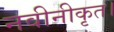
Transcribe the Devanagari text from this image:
नवीनीकृत।